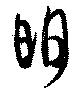
明